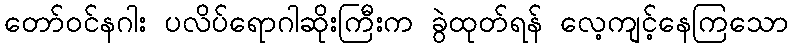
တော်ဝင်နဂါး ပလိပ်ရောဂါဆိုးကြီးက ခွဲထုတ်ရန် လေ့ကျင့်နေကြသော